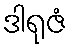
ဒါရုဇံ